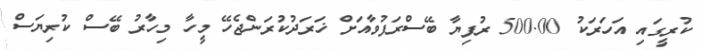
ކުރީގައި އަހަރަކު 500.00 ރުފިޔާ ބޭސްރަފުވާއަށް ޚަރަދުކުރަންޖެހޭ މީހާ މިހާރު ބޭސް ކުރިޔަސް